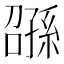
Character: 𫲰